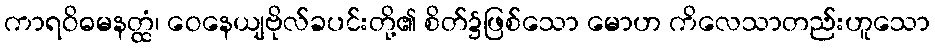
ကာရဝိဓမနတ္ထံ၊ ဝေနေယျဗိုလ်ခပင်းတို့၏ စိတ်၌ဖြစ်သော မောဟ ကိလေသာတည်းဟူသော